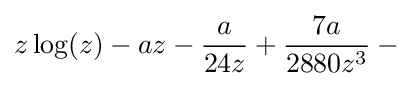
z\log(z)-az-{\frac {a}{24z}}+{\frac {7a}{2880z^{3}}}-{}